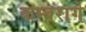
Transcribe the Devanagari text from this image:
कम्बरागे